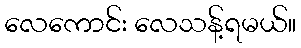
လေကောင်း လေသန့်ရမယ်။